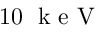
1 0 \; \mathrm { ~ k ~ e ~ V ~ }